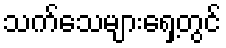
သက်သေများရှေ့တွင်